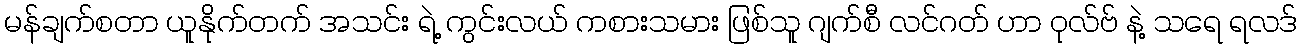
မန်ချက်စတာ ယူနိုက်တက် အသင်း ရဲ့ ကွင်းလယ် ကစားသမား ဖြစ်သူ ဂျက်စီ လင်ဂတ် ဟာ ဝုလ်ဗ် နဲ့ သရေ ရလဒ်